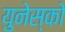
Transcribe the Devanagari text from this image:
युनेस्‍को